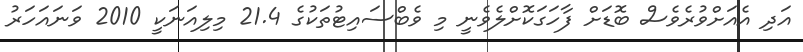
އަދި އެއަށްވުރެވެސް ބޮޑަށް ފާހަގަކޮށްލެވެނީ މި ވެބްސައިޓުތަކުގެ 21.4 މިލިއަނަކީ 2010 ވަނައަހަރު